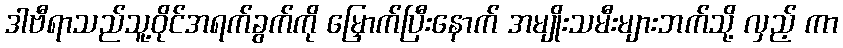
ဒါဗီရာသည်သူ့ဝိုင်အရက်ခွက်ကို မြှောက်ပြီးနောက် အမျိုးသမီးများဘက်သို့ လှည့် ကာ